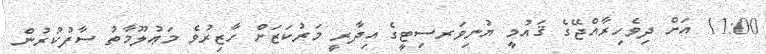
11:00 އަށް ދިވެހިރާއްޖޭގެ ޤައުމީ ޔުނިވަރސިޓީގެ އިދާރީ މަރުކަޒަށް ހާޒިރުވެ މަޢުލޫމާތު ސާފުކުރުން